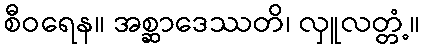
စီဝရေန။ အစ္ဆာဒေဿတိ၊ လှူလတ္တံ့။